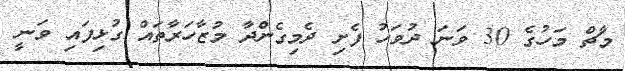
މާޗް މަހުގެ 30 ވަަނަ ދުވަހު ފެށި ދެމިގެންދާ މުޒާހަރާތައް ގުޅިފައި ވަނީ